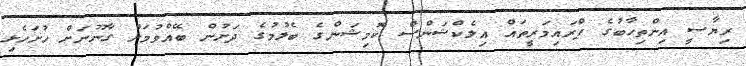
ރިޔާސީ އިންތިހާބުގެ ޕްރައިމަރީތައް އިލެކްޝަންސް ކޮމިޝަންގެ ބެލުމުގެ ދަށުން ބޭއްވުމަށް ގާނޫނަށް ހުށަހެޅި